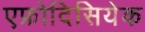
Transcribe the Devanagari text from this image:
एफ्रोदिसियेक